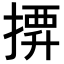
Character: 𢱼